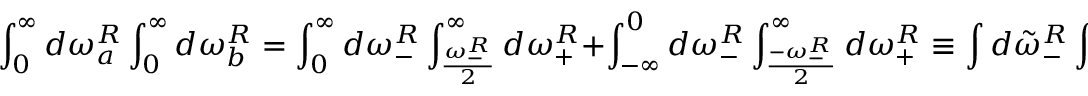
\int _ { 0 } ^ { \infty } d \omega _ { a } ^ { R } \int _ { 0 } ^ { \infty } d \omega _ { b } ^ { R } = \int _ { 0 } ^ { \infty } d \omega _ { - } ^ { R } \int _ { \frac { \omega _ { - } ^ { R } } { 2 } } ^ { \infty } d \omega _ { + } ^ { R } + \int _ { - \infty } ^ { 0 } d \omega _ { - } ^ { R } \int _ { \frac { - \omega _ { - } ^ { R } } { 2 } } ^ { \infty } d \omega _ { + } ^ { R } \equiv \int d { \tilde { \omega } } _ { - } ^ { R } \int d { \tilde { \omega } } _ { + } ^ { R } .